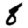
Digit: 8